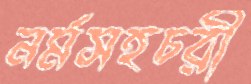
নর্মসহচরী